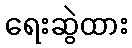
ရေးဆွဲထား